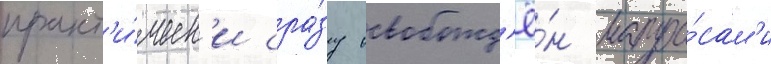
практ'и́ческ'и сра́зу освобожд'ё́н матро́сам'и